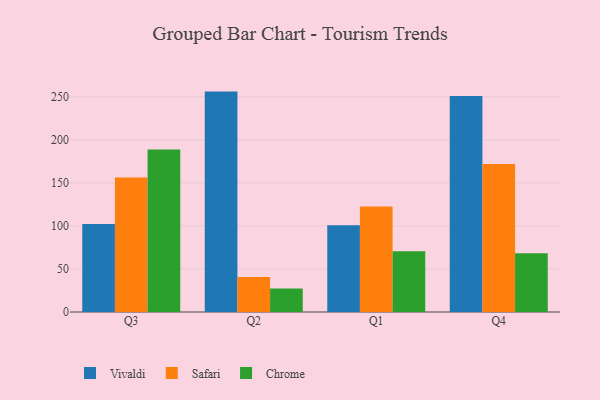
{"axis": {"x": "Quarter", "y": "Demand Index"}, "legend": ["Chrome", "Safari", "Vivaldi"], "data": [{"x": "Q3", "y": 102.1, "type": "Vivaldi"}, {"x": "Q3", "y": 156.1, "type": "Safari"}, {"x": "Q3", "y": 188.7, "type": "Chrome"}, {"x": "Q2", "y": 256.0, "type": "Vivaldi"}, {"x": "Q2", "y": 40.7, "type": "Safari"}, {"x": "Q2", "y": 27.4, "type": "Chrome"}, {"x": "Q1", "y": 100.9, "type": "Vivaldi"}, {"x": "Q1", "y": 122.5, "type": "Safari"}, {"x": "Q1", "y": 70.6, "type": "Chrome"}, {"x": "Q4", "y": 250.9, "type": "Vivaldi"}, {"x": "Q4", "y": 171.9, "type": "Safari"}, {"x": "Q4", "y": 68.2, "type": "Chrome"}]}